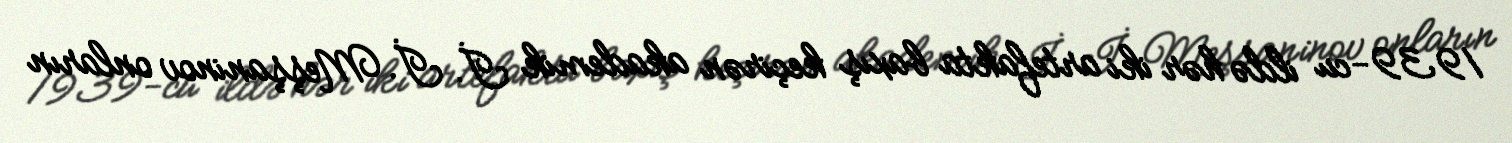
1939-cu ildə hər iki artefakta baxış keçirən akademik İ. İ. Meşşaninov onların